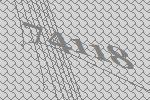
74118